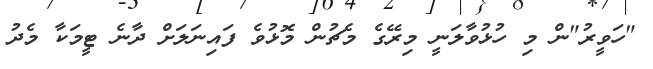
"ހަވީރު"ން މި ހުޅުވާލަނީ މިރޭގެ މެޗުން މޮޅުވެ ފައިނަލަށް ދާނެ ޓީމަކާ މެދު